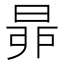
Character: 𣆻